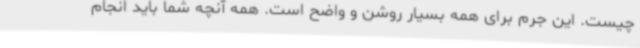
چیست. این جرم برای همه بسیار روشن و واضح است. همه آنچه شما باید انجام